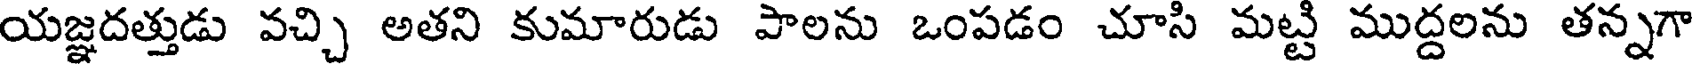
యజ్ఞదత్తుడు వచ్చి అతని కుమారుడు పాలను ఒంపడం చూసి మట్టి ముద్దలను తన్నగా